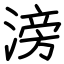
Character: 滂